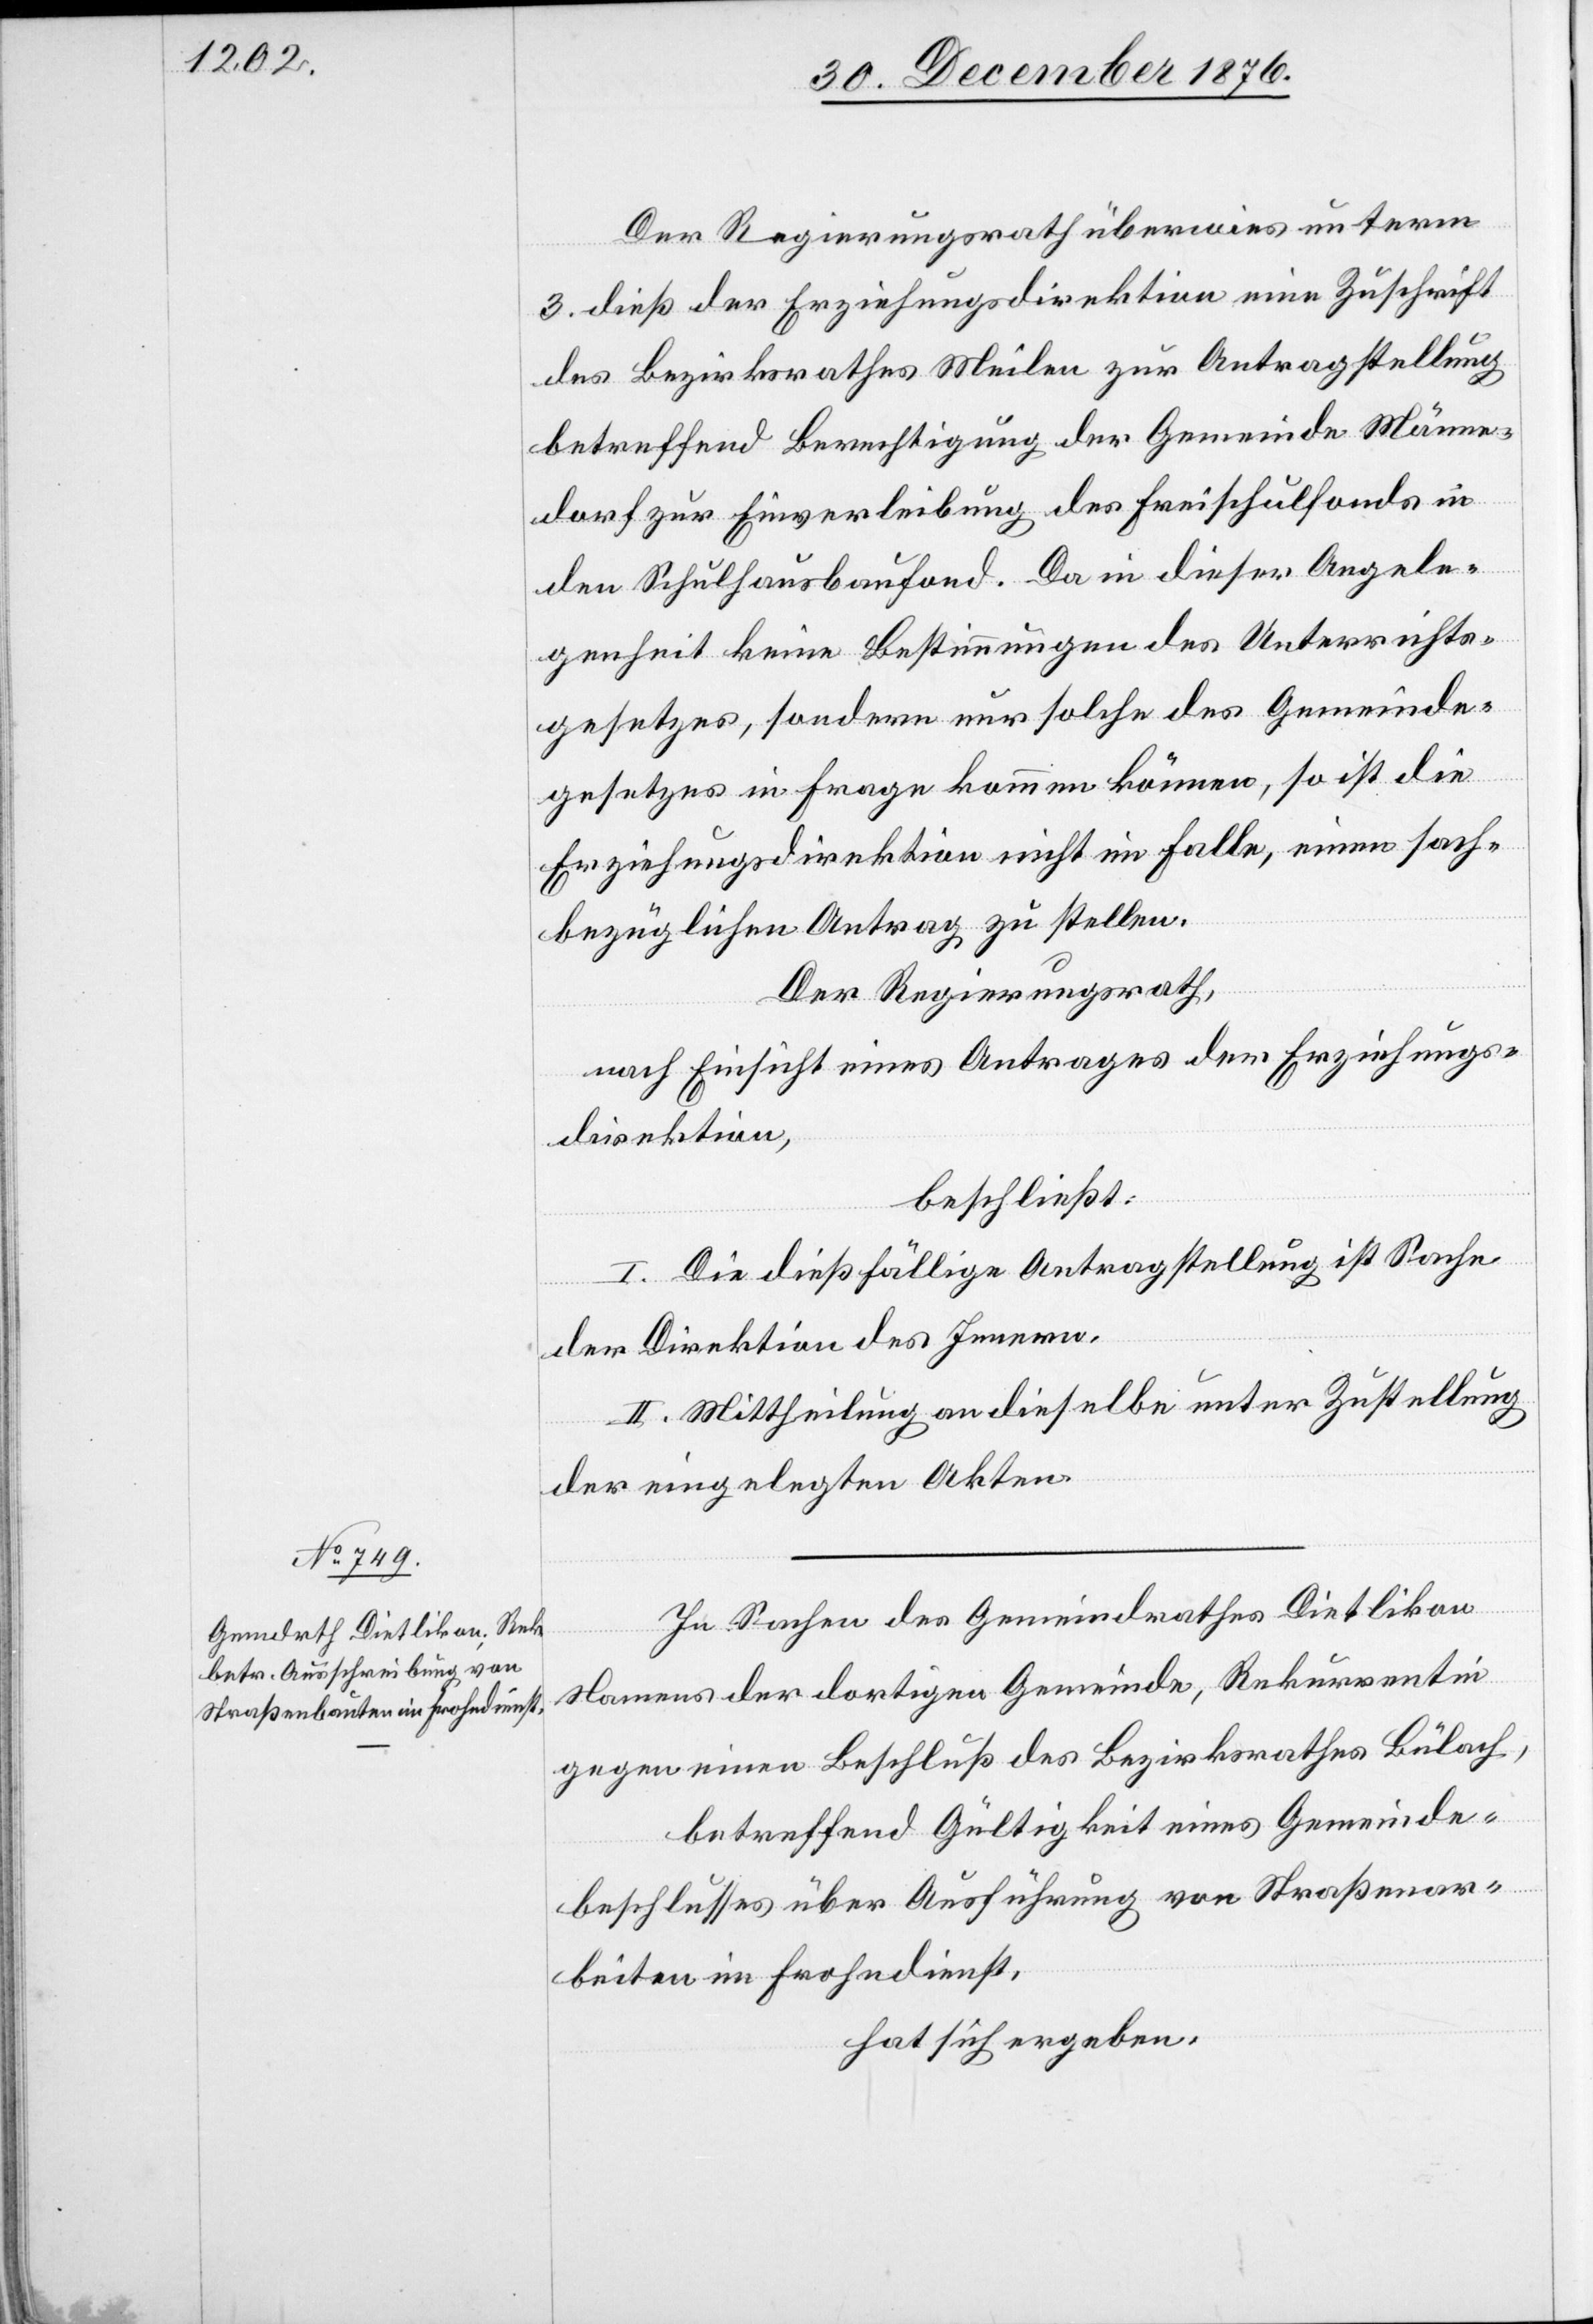
Der Regierungsrath überwies unterm
3. dieß der Erziehungsdirektion eine Zuschrift
des Bezirksrathes Meilen zur Antragstellung
betreffend Berechtigung der Gemeinde Männe¬
dorf zur Einverleibung des Freischulfonds in
den Schulhausbaufond. Da in dieser Angele¬
genheit keine Bestimmungen des Unterrichts¬
gesetzes, sondern nur solche des Gemeinde¬
gesetzes in Frage kommen können, so ist die
Erziehungsdirektion nicht im Falle, einen sach¬
bezüglichen Antrag zu stellen.
Der Regierungsrath,
nach Einsicht eines Antrages der Erziehungs¬
direktion,
beschließt:
I. Die dießfällige Antragstellung ist Sache
der Direktion des Innern.
II. Mittheilung an dieselbe unter Zustellung
der eingelegten Akten.
In Sachen des Gemeindrathes Dietlikon
Namens der dortigen Gemeinde, Rekurrentin
gegen einen Beschluß des Bezirksrathes Bülach,
betreffend Gültigkeit eines Gemeinde¬
beschlusses über Ausführung von Straßenar¬
beiten im Frohndienst,
hat sich ergeben: